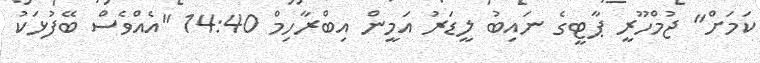
ކަމަށް" ޖުމްހޫރީ ޕާޓީގެ ނައިބު ލީޑަރު އަމީން އިބްރާހިމް 14:40 "އެއްވެސް ބޭފުޅަކު